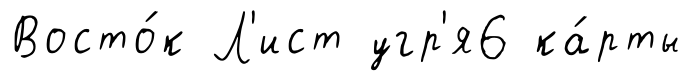
Восто́к Л'ист угр'я6 ка́рты